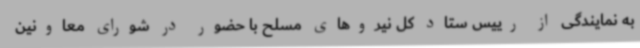
به نمایندگی از رییس ستاد کل نیروهای مسلح با حضور در شورای معاونین